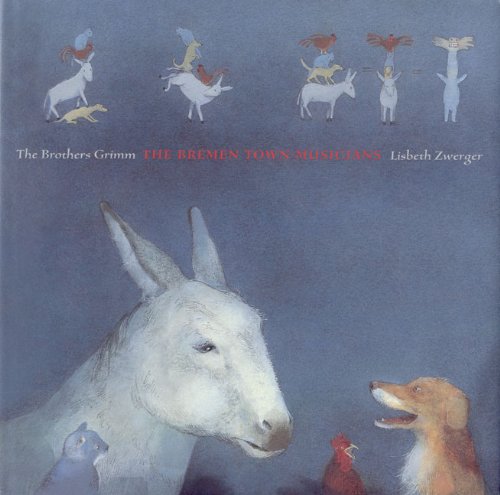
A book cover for The Bremen Town Musicians; Grimm Brothers; Children's Books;